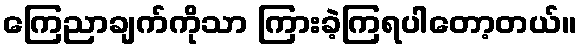
ကြေညာချက်ကိုသာ ကြားခဲ့ကြရပါတော့တယ်။